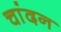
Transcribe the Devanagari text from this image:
चांदन